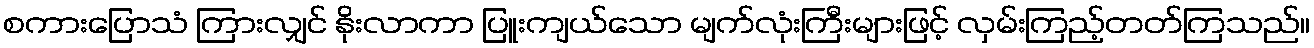
စကားပြောသံ ကြားလျှင် နိုးလာကာ ပြူးကျယ်သော မျက်လုံးကြီးများဖြင့် လှမ်းကြည့်တတ်ကြသည်။